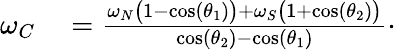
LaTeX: \begin{array}{rl}{\omega_{C}}&{{}=\frac{\omega_{N}\big(1-\cos(\theta_{1})\big)+\omega_{S}\big(1+\cos(\theta_{2})\big)}{\cos(\theta_{2})-\cos(\theta_{1})}\cdot}\end{array}